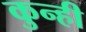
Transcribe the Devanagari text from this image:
कुन्ही